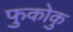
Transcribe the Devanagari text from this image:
फुकोकु